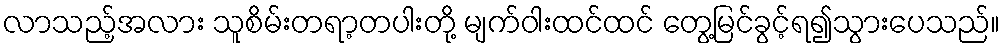
လာသည့်အလား သူစိမ်းတရာ့တပါးတို့ မျက်ဝါးထင်ထင် တွေ့မြင်ခွင့်ရ၍သွားပေသည်။